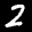
Label: 2